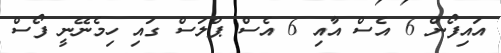
އައިފޯން 6 އެސް އާއި 6 އެސް ޕްލަސް ގައި ހިމެނޭނީ ފޯސް